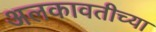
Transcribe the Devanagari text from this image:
अलकावतीच्या